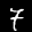
Digit: 7